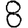
Digit: 8